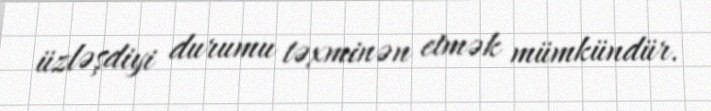
üzləşdiyi durumu təxminən etmək mümkündür.